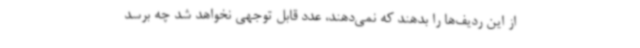
از این ردیف‌ها را بدهند که نمی‌دهند، عدد قابل توجهی نخواهد شد چه برسد